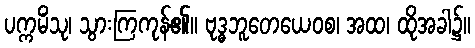
ပက္ကမိံသု၊ သွားကြကုန်၏။ ဗုဒ္ဓဘူတေယေဝစ၊ အထ၊ ထိုအခါ၌။